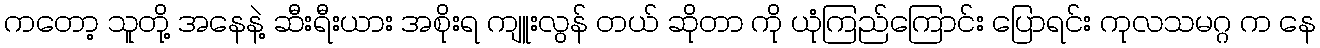
ကတော့ သူတို့ အနေနဲ့ ဆီးရီးယား အစိုးရ ကျူးလွန် တယ် ဆိုတာ ကို ယုံကြည်ကြောင်း ပြောရင်း ကုလသမဂ္ဂ က နေ